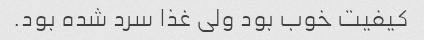
کیفیت خوب بود ولی غذا سرد شده بود.